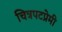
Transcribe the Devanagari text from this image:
चित्रपटप्रेमी